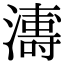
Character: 𭳍